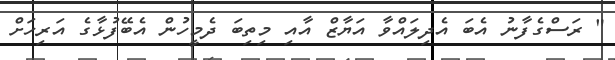
" ރަސްގެފާނު އެބަ އެދިލައްވާ އަޔާޒް އާއި މިތިބަ ދެމީހުން އެބޭފުޅާގެ އަރިހަށް